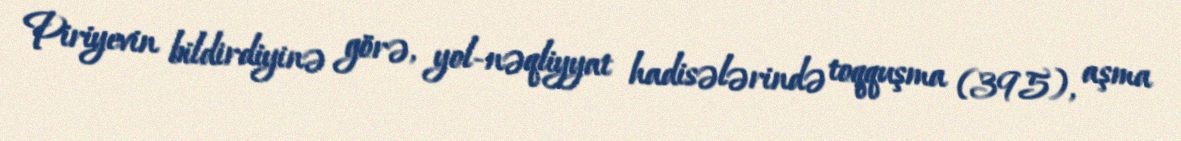
Piriyevin bildirdiyinə görə, yol-nəqliyyat hadisələrində toqquşma (395), aşma